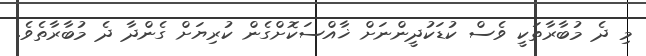
މި ދެ މުބާރާތަކީ ވެސް ކުޑަކުދީންނަށް ޚާއްސަކޮށްގެން ކުރިޔަށް ގެންދާ ދެ މުބާރާތެވެ.